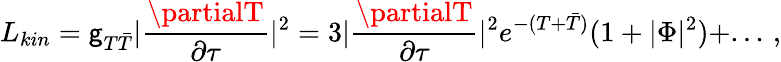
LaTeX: L_{kin}=\mathsf{g}_{T\bar{{T}}}|\frac{{\partialT}}{{\partial\tau}}|^{2}=3|\frac{{\partialT}}{{\partial\tau}}|^{2}e^{-(T+\bar{{T}})}(1+|\Phi|^{2})+...\, ,